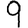
Digit: 9